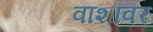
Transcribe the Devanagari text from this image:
वाशांवर